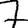
Digit: 7